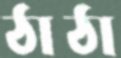
ঠাঠা